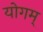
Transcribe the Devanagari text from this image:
योगम्